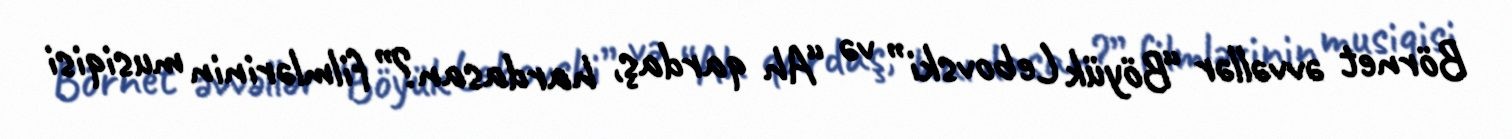
Börnet əvvəllər “Böyük Lebovski” və “Ah qardaş, hardasan?” filmlərinin musiqisi